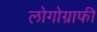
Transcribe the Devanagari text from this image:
लोगोग्राफी